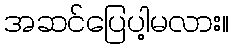
အဆင်ပြေပါ့မလား။